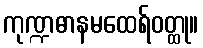
ကုဏ္ဍဓာနမထေရ်ဝတ္ထု။